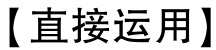
【直接运用】